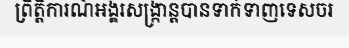
ព្រឹត្តិការណ៍អង្គរសង្ក្រាន្តបានទាក់ទាញទេសចរ